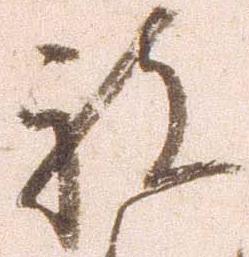
被